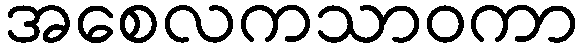
အစေလကသာဝကာ